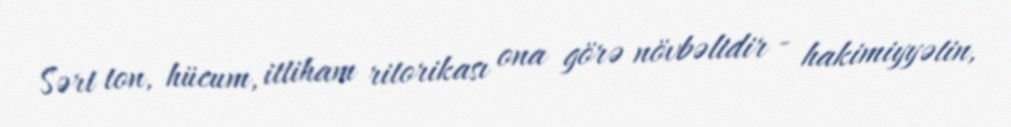
Sərt ton, hücum, ittiham ritorikası ona görə növbəlidir - hakimiyyətin,